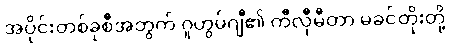
အပိုင်းတစ်ခုစီအတွက် ဂူဟွမ်ဂျီ၏ ကီလီုမီတာ မခင်တိုးတို့